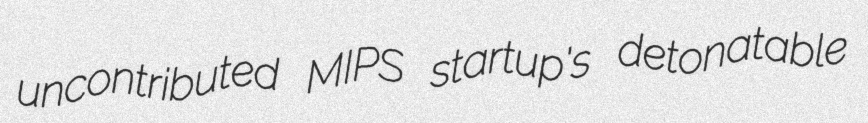
uncontributed MIPS startup's detonatable